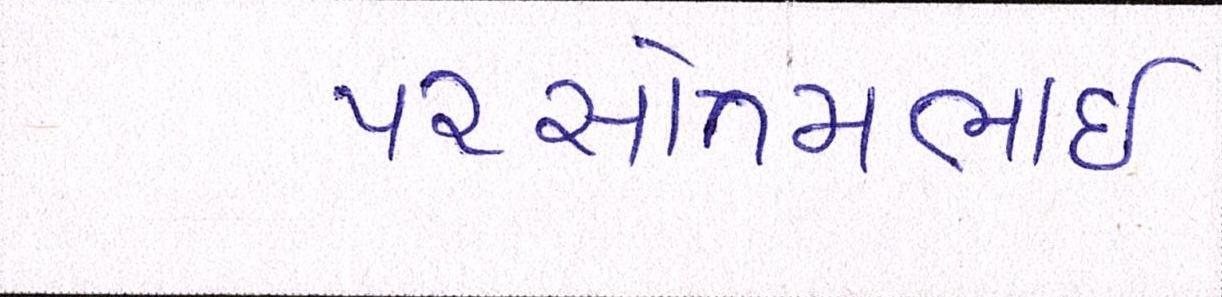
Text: પરસોત્તમભાઈ